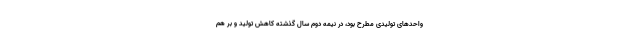
واحدهای تولیدی مطرح بود، در نیمه دوم سال گذشته کاهش تولید و بر هم